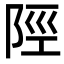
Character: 陘